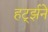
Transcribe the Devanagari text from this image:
हर्ट्झने